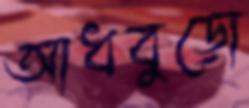
আধবুড়ো